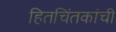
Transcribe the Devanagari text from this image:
हितचिंतकांची